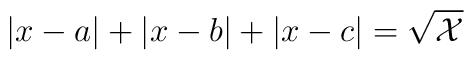
\left|x-a\right|+\left|x-b\right|+\left|x-c\right|=\sqrt{\mathcal{X}}